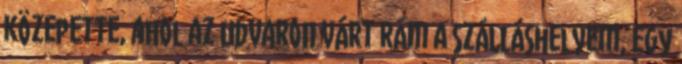
közepette, ahol az udvaron várt rám a szálláshelyem, egy